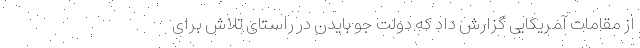
از مقامات آمریکایی گزارش داد که دولت جو بایدن در راستای تلاش برای